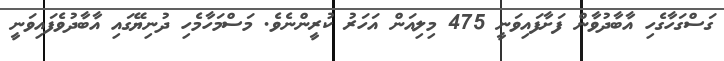
ގަސްގަހާގެހި އާބާދުވާން ފަށާފައިވަނީ 475 މިލިއަން އަހަރު ކުރީންނެވެ. މަސްމަހާމެހި ދުނިޔޭގައި އާބާދުވެފައިވަނީ